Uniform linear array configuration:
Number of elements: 16
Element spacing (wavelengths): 0.25
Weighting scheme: kaiser
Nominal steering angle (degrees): -15
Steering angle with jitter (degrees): -13.509
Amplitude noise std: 0.05
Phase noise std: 0.05

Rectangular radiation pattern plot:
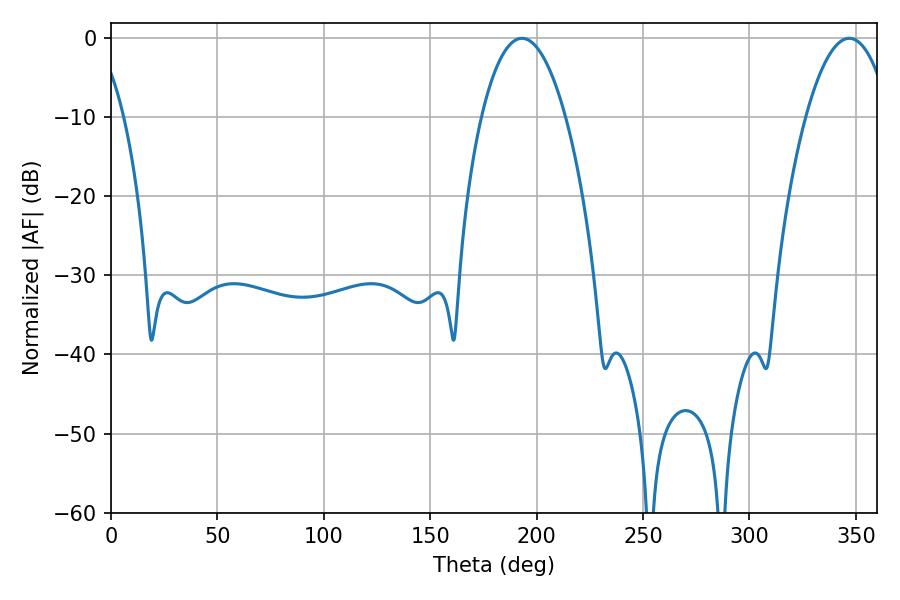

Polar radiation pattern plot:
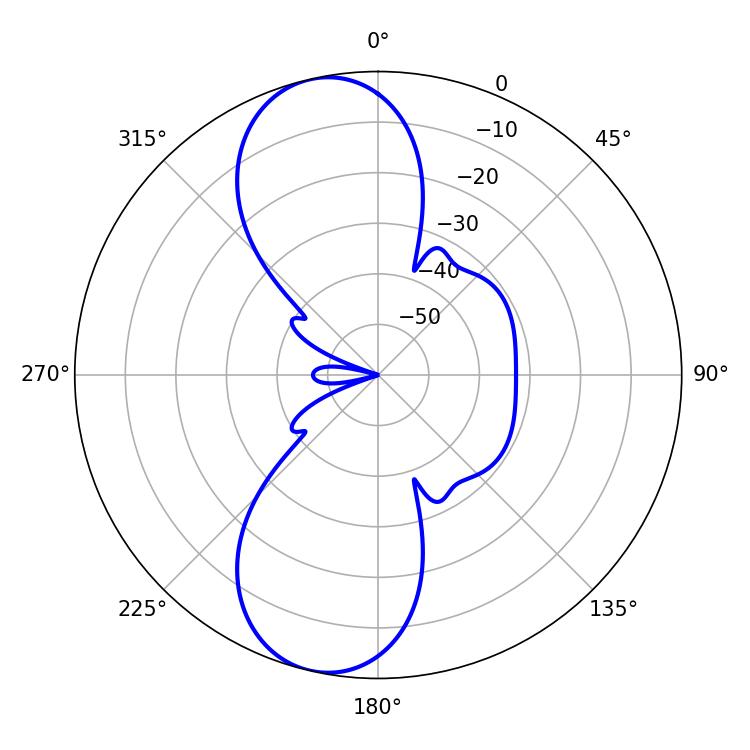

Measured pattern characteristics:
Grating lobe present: FALSE
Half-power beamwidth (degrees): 21.96
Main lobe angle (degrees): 193.14